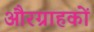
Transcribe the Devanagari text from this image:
औरग्राहकों